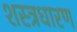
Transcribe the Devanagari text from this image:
शस्त्रधारण